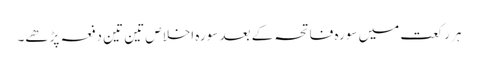
ہر رکعت میں سورہ فاتحہ کے بعد سورہ اخلاص تین تین دفعہ پڑھے۔